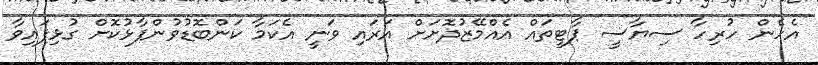
އެހެން ހުރިހާ ސިޔާސީ ޕާޓީތައް އެއްމޭޒުދޮށަށް އަރައި ވަނީ އެކަމާ ކަންބޮޑުވުންފާޅުކޮށް ގުޅިފައިވާ